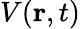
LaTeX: V(\mathbf{r},t)